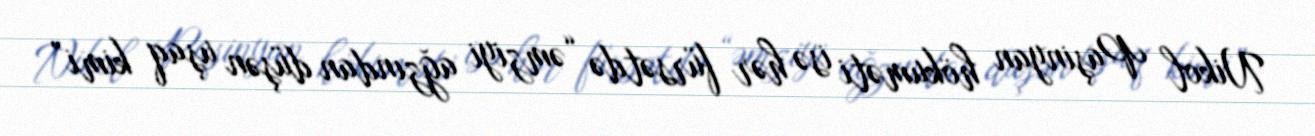
Nikol Paşinyan hökuməti isə hər fürsətdə “əmziyi ağzından düşən uşaq kimi”